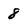
Character: 8